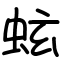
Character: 蚿